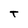
Character: T